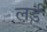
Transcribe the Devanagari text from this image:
ल़र्ड